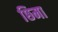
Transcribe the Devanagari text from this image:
छिमा